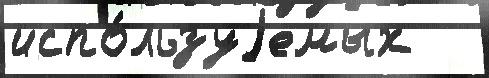
испо́льзуjемых